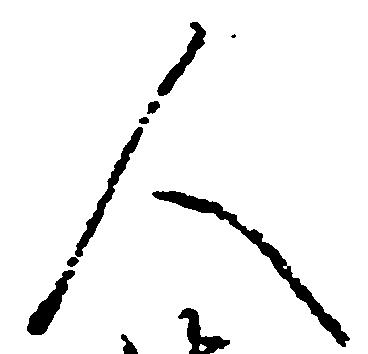
人